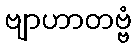
ဗျာဟာတဗ္ဗံ